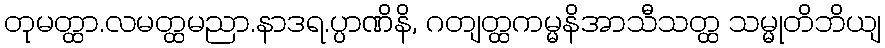
တုမတ္ထာ.လမတ္ထမညာ.နာဒရ.ပ္ပာဏိနိ, ဂတျတ္ထကမ္မနိအာသီသတ္ထ သမ္မုတိဘိယျ